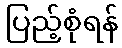
ပြည့်စုံရန်